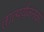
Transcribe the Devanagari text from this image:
तात्पर्यजनक